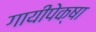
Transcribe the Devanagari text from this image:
गायीपेक्षा